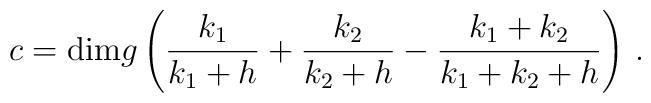
c=\textrm{dim}g \left(\frac{k_{1}}{k_{1}+h}+\frac{k_{2}}{k_{2}+h}-\frac{k_{1}+k_{2}}{k_{1}+k_{2}+h}\right)\,.